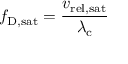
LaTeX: f _ { \mathrm { { D , s a t } } } = { \frac { v _ { \mathrm { { r e l , s a t } } } } { \lambda _ { \mathrm { { c } } } } }